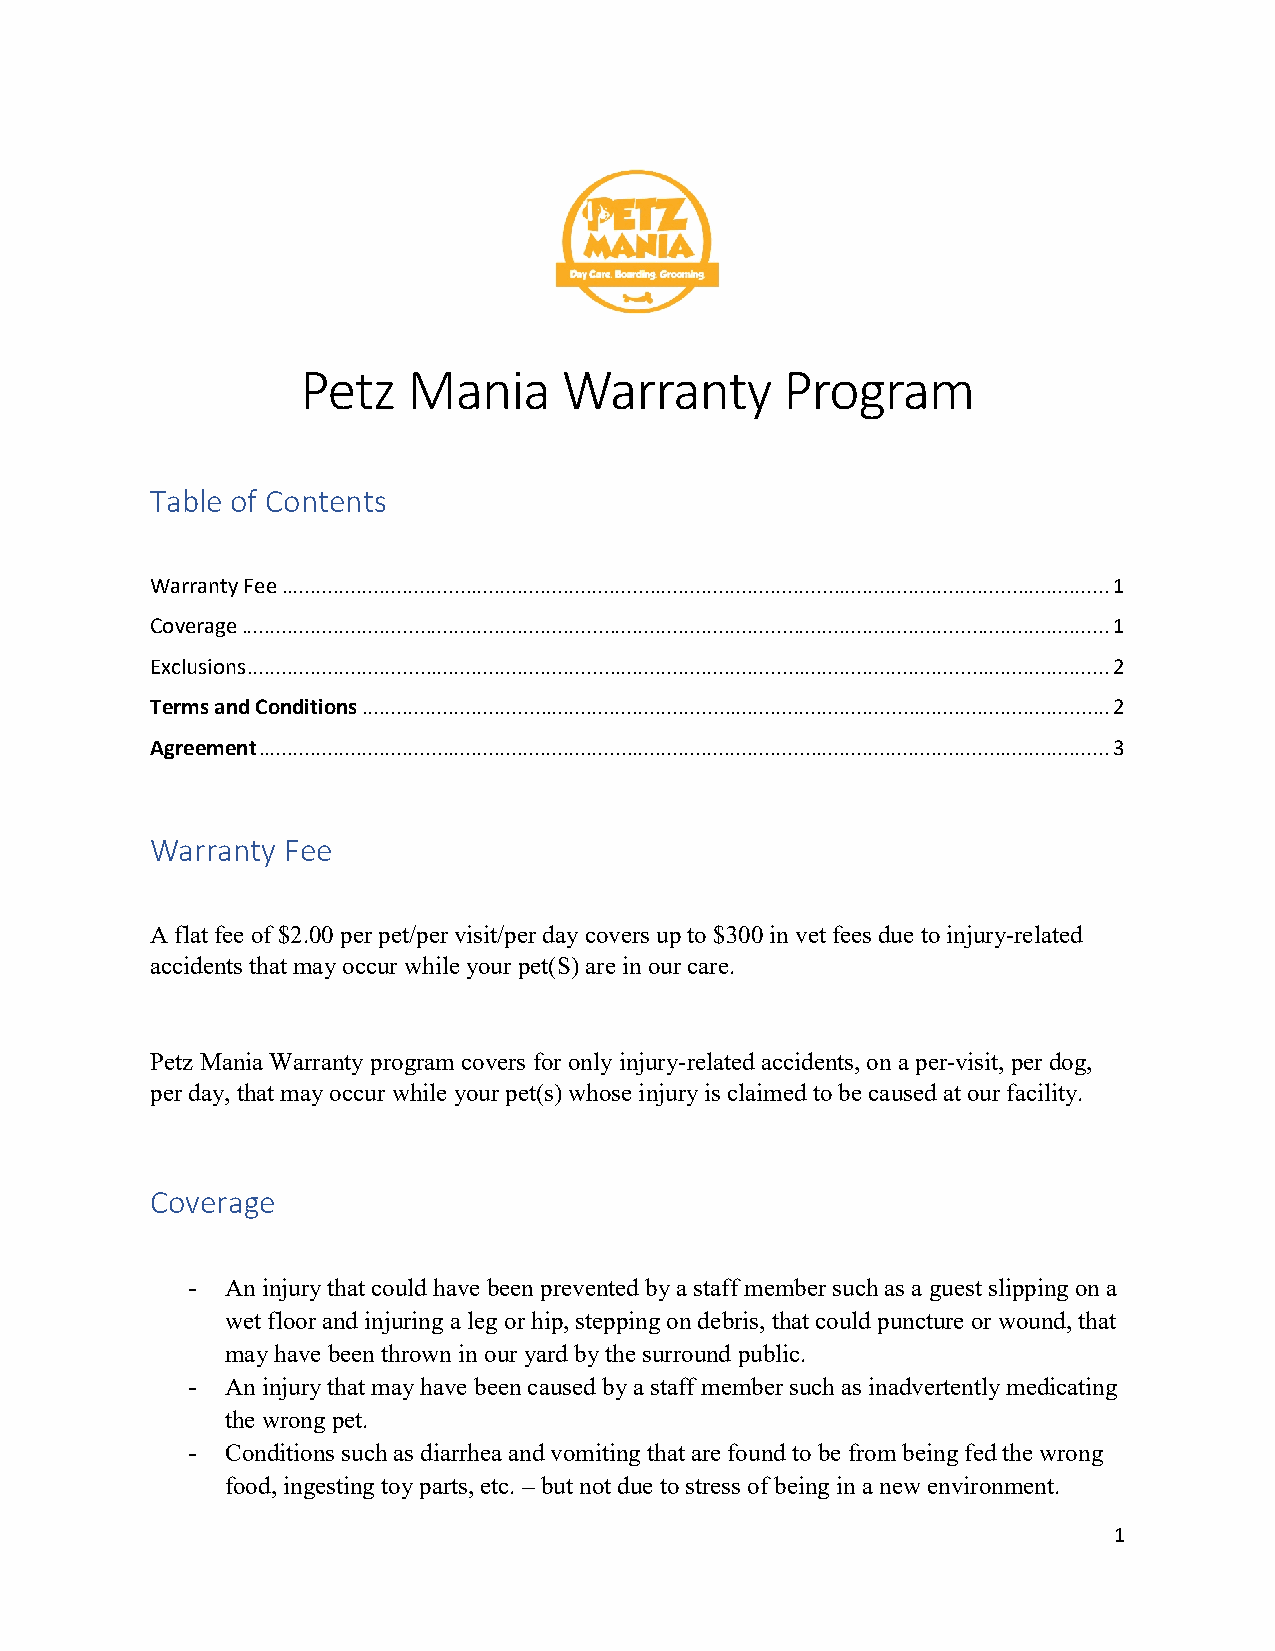
Petz   Mania     Warranty       Program
 Table of Contents
 Warranty Fee ................................................................................................................................................ 1
 Coverage ....................................................................................................................................................... 1
 Exclusions ...................................................................................................................................................... 2
 Terms and Conditions .................................................................................................................................. 2
 Agreement .................................................................................................................................................... 3
 Warranty Fee
 A flat fee of $2.00 per pet/per visit/per day covers up to $300 in vet fees due to injury-related
 accidents that may occur while your pet(S) are in our care.
 Petz Mania Warranty program covers for only injury-related accidents, on a per-visit, per dog,
 per day, that may occur while your pet(s) whose injury is claimed to be caused at our facility.
 Coverage
 -  An injury that could have been prevented by a staff member such as a guest slipping on a
 wet floor and injuring a leg or hip, stepping on debris, that could puncture or wound, that
 may have been thrown in our yard by the surround public.
 -  An injury that may have been caused by a staff member such as inadvertently medicating
 the wrong pet.
 -  Conditions such as diarrhea and vomiting that are found to be from being fed the wrong
 food, ingesting toy parts, etc. – but not due to stress of being in a new environment.
 1